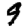
Digit: 9